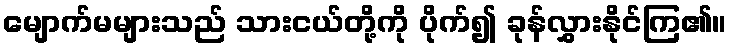
မျောက်မများသည် သားငယ်တို့ကို ပိုက်၍ ခုန်လွှားနိုင်ကြ၏။